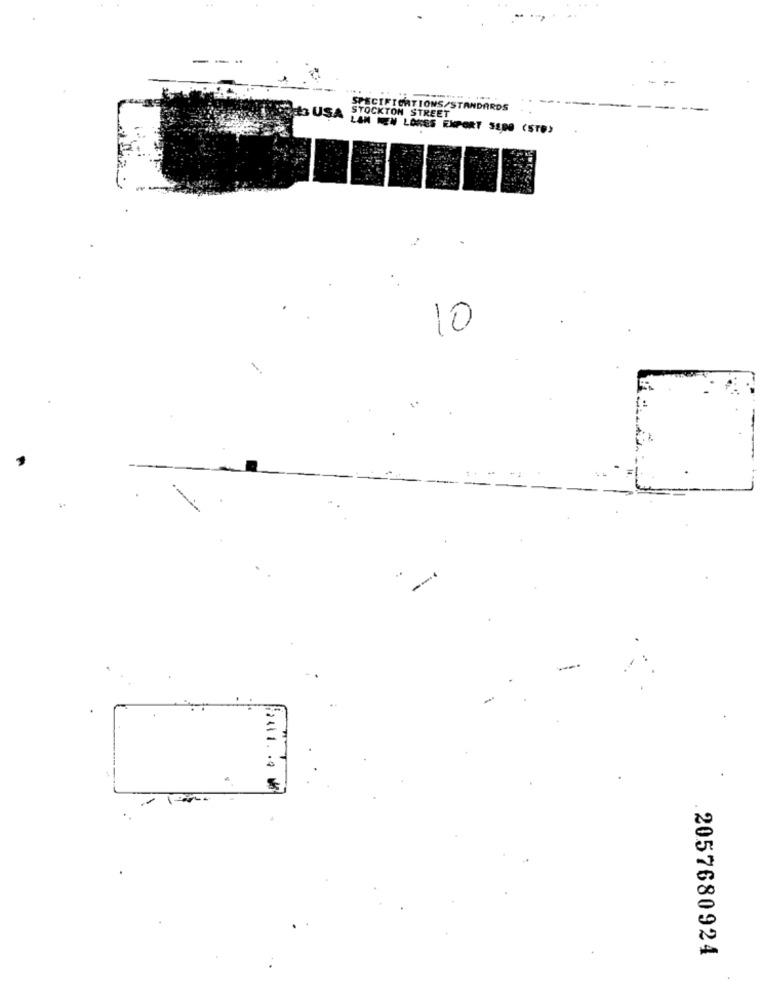
--
SPECIFICATIONS/STANDARDS
Ha USA
STOCKTON STREET
LAN NEN LAKES ENPORT 5EDO (STO)
10
--
"9
2057680924